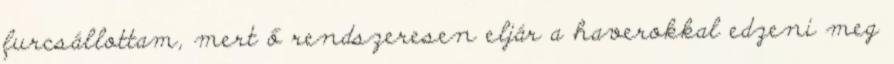
furcsállottam, mert ő rendszeresen eljár a haverokkal edzeni meg